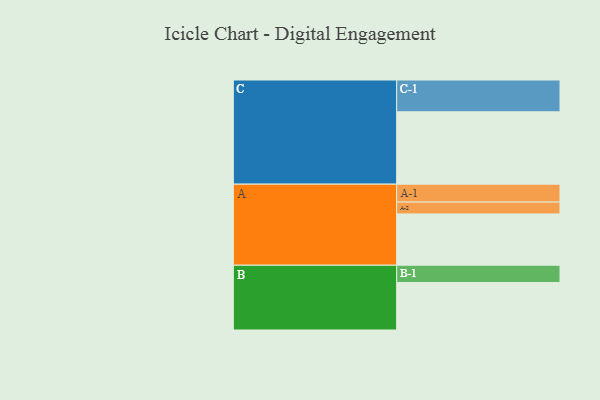
{"axis": {"x": "Segment", "y": "Value"}, "legend": ["", "A", "B", "C"], "data": [{"x": "A", "y": 324, "type": ""}, {"x": "B", "y": 300, "type": ""}, {"x": "C", "y": 457, "type": ""}, {"x": "A-1", "y": 113, "type": "A"}, {"x": "A-2", "y": 75, "type": "A"}, {"x": "B-1", "y": 109, "type": "B"}, {"x": "C-1", "y": 201, "type": "C"}]}